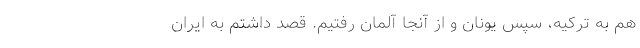
هم به ترکیه، سپس یونان و از آنجا آلمان رفتیم. قصد داشتم به ایران